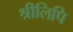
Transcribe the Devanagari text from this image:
श्रीलिपि